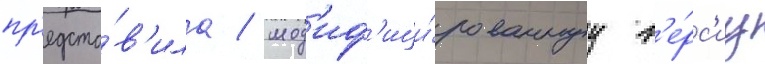
пр'едста́в'ила / мод'иф'ици́рованнуу в'е́рс'иу